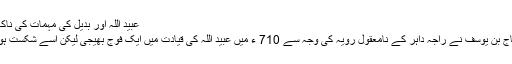
عبید اللہ اور بدیل کی مہمات کی ناکامی
حجاج بن یوسف نے راجہ داہر کے نامعقول رویہ کی وجہ سے 710 ء میں عبید اللہ کی قیادت میں ایک فوج بھیجی لیکن اسے شکست ہوئی۔